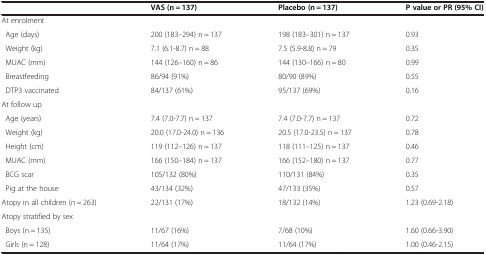
|  | VAS (n = 137) | Placebo (n = 137) | P value or PR (95% CI) |
 | --- | --- | --- | --- |
 | At enrolment |  |  |  |
 | Age (days) | 200 (183–294) n = 137 | 198 (183–301) n = 137 | 0.93 |
 | Weight (kg) | 7.1 (6.1-8.7) n = 88 | 7.5 (5.9-8.8) n = 79 | 0.35 |
 | MUAC (mm) | 144 (126–160) n = 86 | 144 (130–166) n = 80 | 0.99 |
 | Breastfeeding | 86/94 (91%) | 80/90 (89%) | 0.55 |
 | DTP3 vaccinated | 84/137 (61%) | 95/137 (69%) | 0.16 |
 | At follow up |  |  |  |
 | Age (years) | 7.4 (7.0-7.7) n = 137 | 7.4 (7.0-7.7) n = 137 | 0.72 |
 | Weight (kg) | 20.0 (17.0-24.0) n = 136 | 20.5 (17.0-23.5) n = 137 | 0.78 |
 | Height (cm) | 119 (112–126) n = 137 | 118 (111–125) n = 137 | 0.46 |
 | MUAC (mm) | 166 (150–184) n = 137 | 166 (152–180) n = 137 | 0.77 |
 | BCG scar | 105/132 (80%) | 110/131 (84%) | 0.35 |
 | Pig at the house | 43/134 (32%) | 47/133 (35%) | 0.57 |
 | Atopy in all children (n = 263) | 22/131 (17%) | 18/132 (14%) | 1.23 (0.69-2.18) |
 | Atopy stratified by sex |  |  |  |
 | Boys (n = 135) | 11/67 (16%) | 7/68 (10%) | 1.60 (0.66-3.90) |
 | Girls (n = 128) | 11/64 (17%) | 11/64 (17%) | 1.00 (0.46-2.15) |